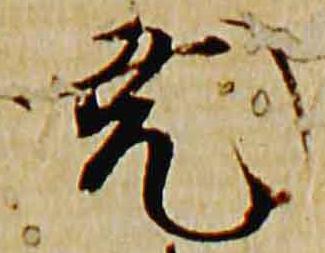
尭